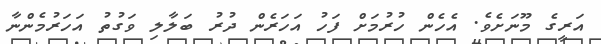
އަރީގެ މޫނަށެވެ. އެހެން ހުރުމަށް ފަހު އަހަރެން ދުރު ބަލާލި ވަގުތު އަހަރުމެންނާ